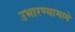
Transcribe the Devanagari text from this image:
उभारण्यामागे